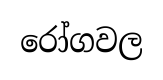
රෝගවල